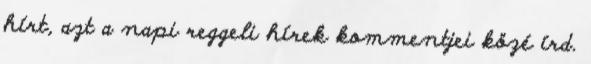
hírt, azt a napi reggeli hírek kommentjei közé írd.